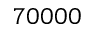
7 0 0 0 0